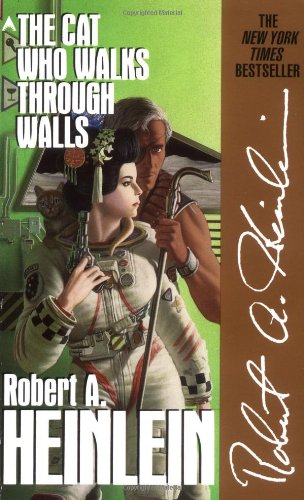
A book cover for The Cat Who Walks through Walls; Robert A. Heinlein; Science Fiction & Fantasy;